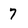
Character: 7